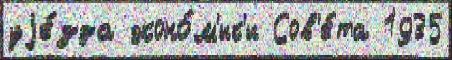
уjе́зда эконо́м'ик'и Сов'е́та 1935